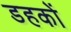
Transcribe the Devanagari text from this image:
डहकों